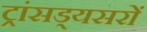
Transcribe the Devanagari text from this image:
ट्रांसड्यसरों